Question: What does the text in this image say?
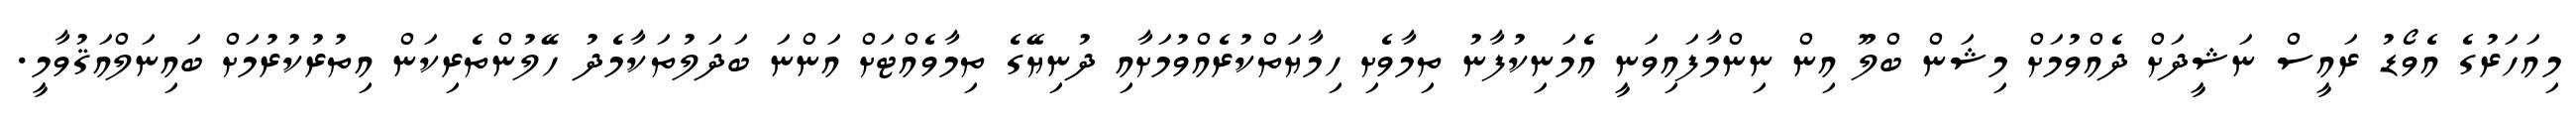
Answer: މިއަހަރުގެ އެވޯޑު ރައީސް ނަޝީދަށް ދެއްވުމަށް މިޝަން ބްލޫ އިން ނިންމާފައިވަނީ އެމަނިކުފާނު ތިމާވެށި ހިމާޔަތްކުރެއްވުމަށާއި ދުނިޔޭގެ ތިމާވެއްޓަށް އަންނަ ބަދަލުތަކާމެދު ހޭލުންތެރިކަން އިތުރުކުރުމަށް ބައިނަލްއަޤުވާމީ.